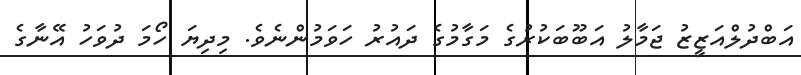
އަބްދުލްއަޒީޒު ޖަމާލު އަބޫބަކުރުގެ މަގާމުގެ ދައުރު ހަވަމުންނެވެ. މިދިޔަ ހޯމަ ދުވަހު އޭނާގެ